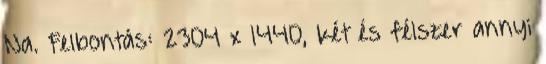
Na. Felbontás: 2304 x 1440, két és félszer annyi